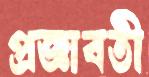
প্রজ্ঞাবতী